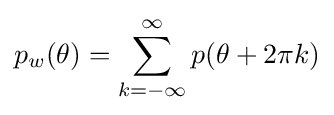
p_{w}(\theta )=\sum _{k=-\infty }^{\infty }{p(\theta +2\pi k)}